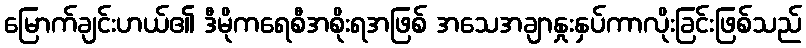
မြောက်ချင်းဟယ်၏ ဒီမိုကရေစီအစိုးရအဖြစ် အသေအချာနှုးနှပ်ကာလိုးခြင်းဖြစ်သည်